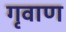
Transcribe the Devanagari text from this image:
गृवाण